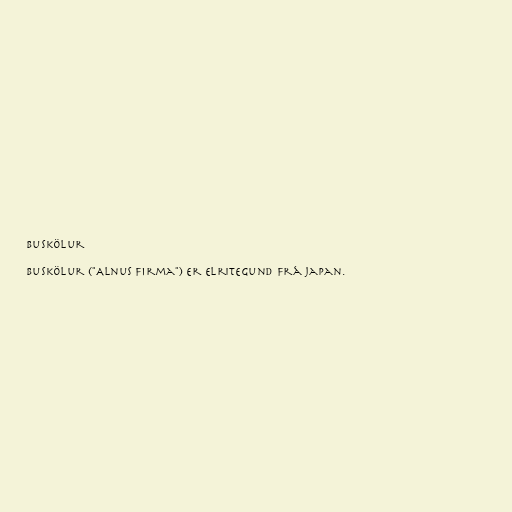
Buskölur

Buskölur ("Alnus firma") er elritegund frá Japan.